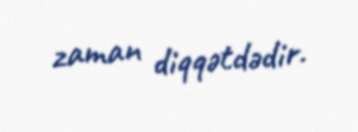
zaman diqqətdədir.